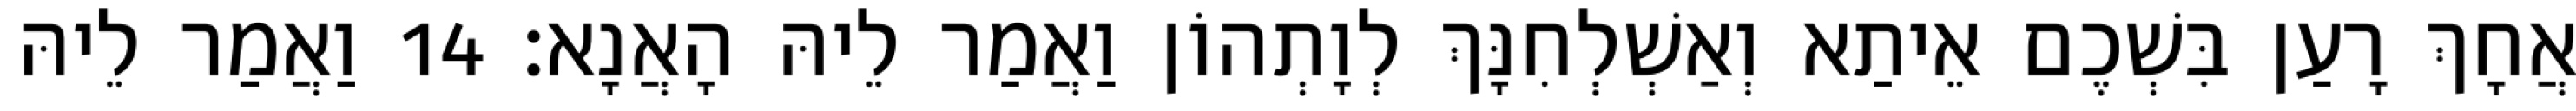
אֲחָךְ רָעַן בִּשְׁכֶם אֵיתַא וְאַשְׁלְחִנָּךְ לְוָתְהוֹן וַאֲמַר לֵיהּ הָאֲנָא׃ 14 וַאֲמַר לֵיהּ